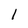
Character: 1